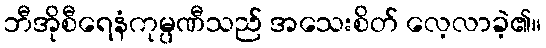
ဘီအိုစီရေနံကုမ္ပဏီသည် အသေးစိတ် လေ့လာခဲ့၏။